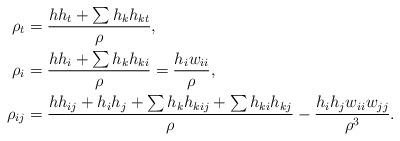
LaTeX: \begin{align*}\rho_{t}&=\frac{h h_{t}+\sum h_{k}h_{kt}}{\rho},\\\rho_{i}&=\frac{hh_{i}+\sum h_{k}h_{ki}}{\rho}=\frac{h_{i}w_{ii}}{\rho},\\\rho_{ij}&=\frac{hh_{ij}+h_{i}h_{j}+\sum h_{k}h_{kij}+\sum h_{ki}h_{kj}}{\rho}-\frac{h_{i}h_{j}w_{ii}w_{jj}}{\rho^{3}}.\end{align*}